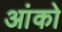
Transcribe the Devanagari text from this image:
आंको